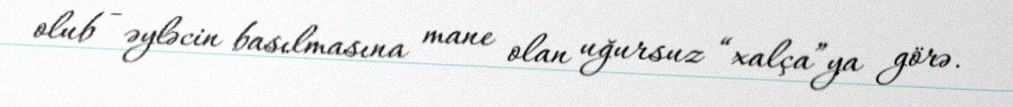
olub - əyləcin basılmasına mane olan uğursuz “xalça”ya görə.